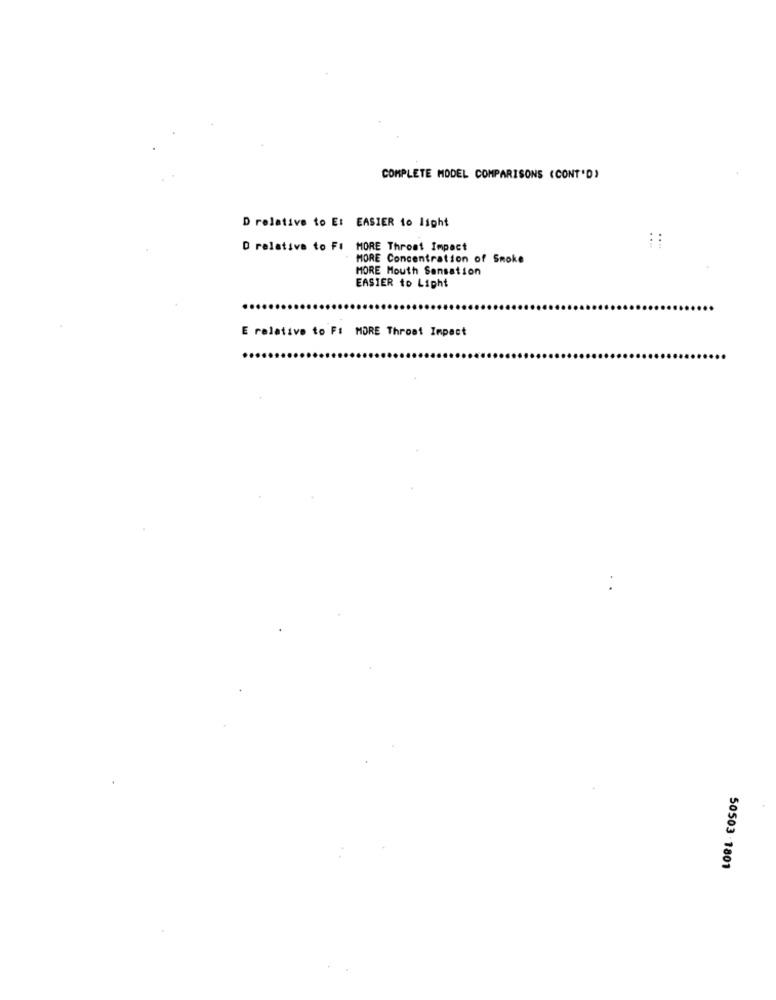
COMPLETE MODEL COMPARISONS (CONT'D)
D relative to Et EASIER to light
D relative to FI MORE Throat Impact
MORE Concentration of Smoke
MORE Mouth Sensation
EASIER to Light
E relative to Fi MORE Throat Impact
50503 -1801